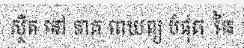
ស្ថិត នៅ ភាគ ពាយព្យ បំផុត នៃ